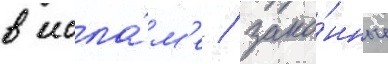
в исла́м'е / зако́нные